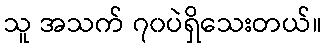
သူ အသက် ၇၀ပဲရှိသေးတယ်။